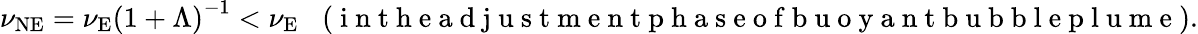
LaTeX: \nu_{\textrm{NE}}=\nu_{\textrm{E}}\left({1+\Lambda}\right)^{-1}<\nu_{\textrm{E}}\; \; \; (\mathrm{~i~n~t~h~e~a~d~j~u~s~t~m~e~n~t~p~h~a~s~e~o~f~b~u~o~y~a~n~t~b~u~b~b~l~e~p~l~u~m~e~}).